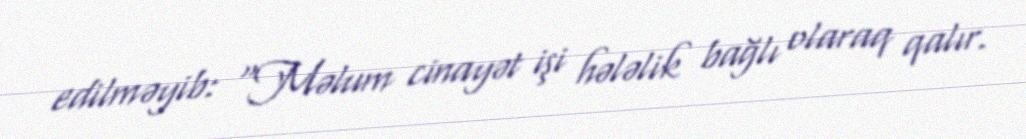
edilməyib: “Məlum cinayət işi hələlik bağlı olaraq qalır.